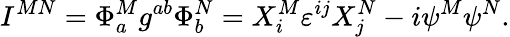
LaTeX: I^{MN}=\Phi_{a}^{M}g^{ab}\Phi_{b}^{N}=X_{i}^{M}\varepsilon^{ij}X_{j}^{N}-i\psi^{M}\psi^{N}.